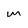
Character: m